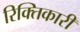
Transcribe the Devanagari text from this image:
रिक्तिकारी